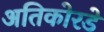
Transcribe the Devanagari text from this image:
अतिकोरडे